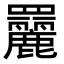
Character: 𦌿